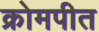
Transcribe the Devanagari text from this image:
क्रोमपीत